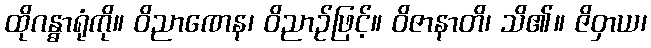
ထိုဂန္ဓာရုံကို။ ဝိညာဏေန၊ ဝိညာဉ်ဖြင့်။ ဝိဇာနာတိ၊ သိ၏။ ဇိဝှာယ၊